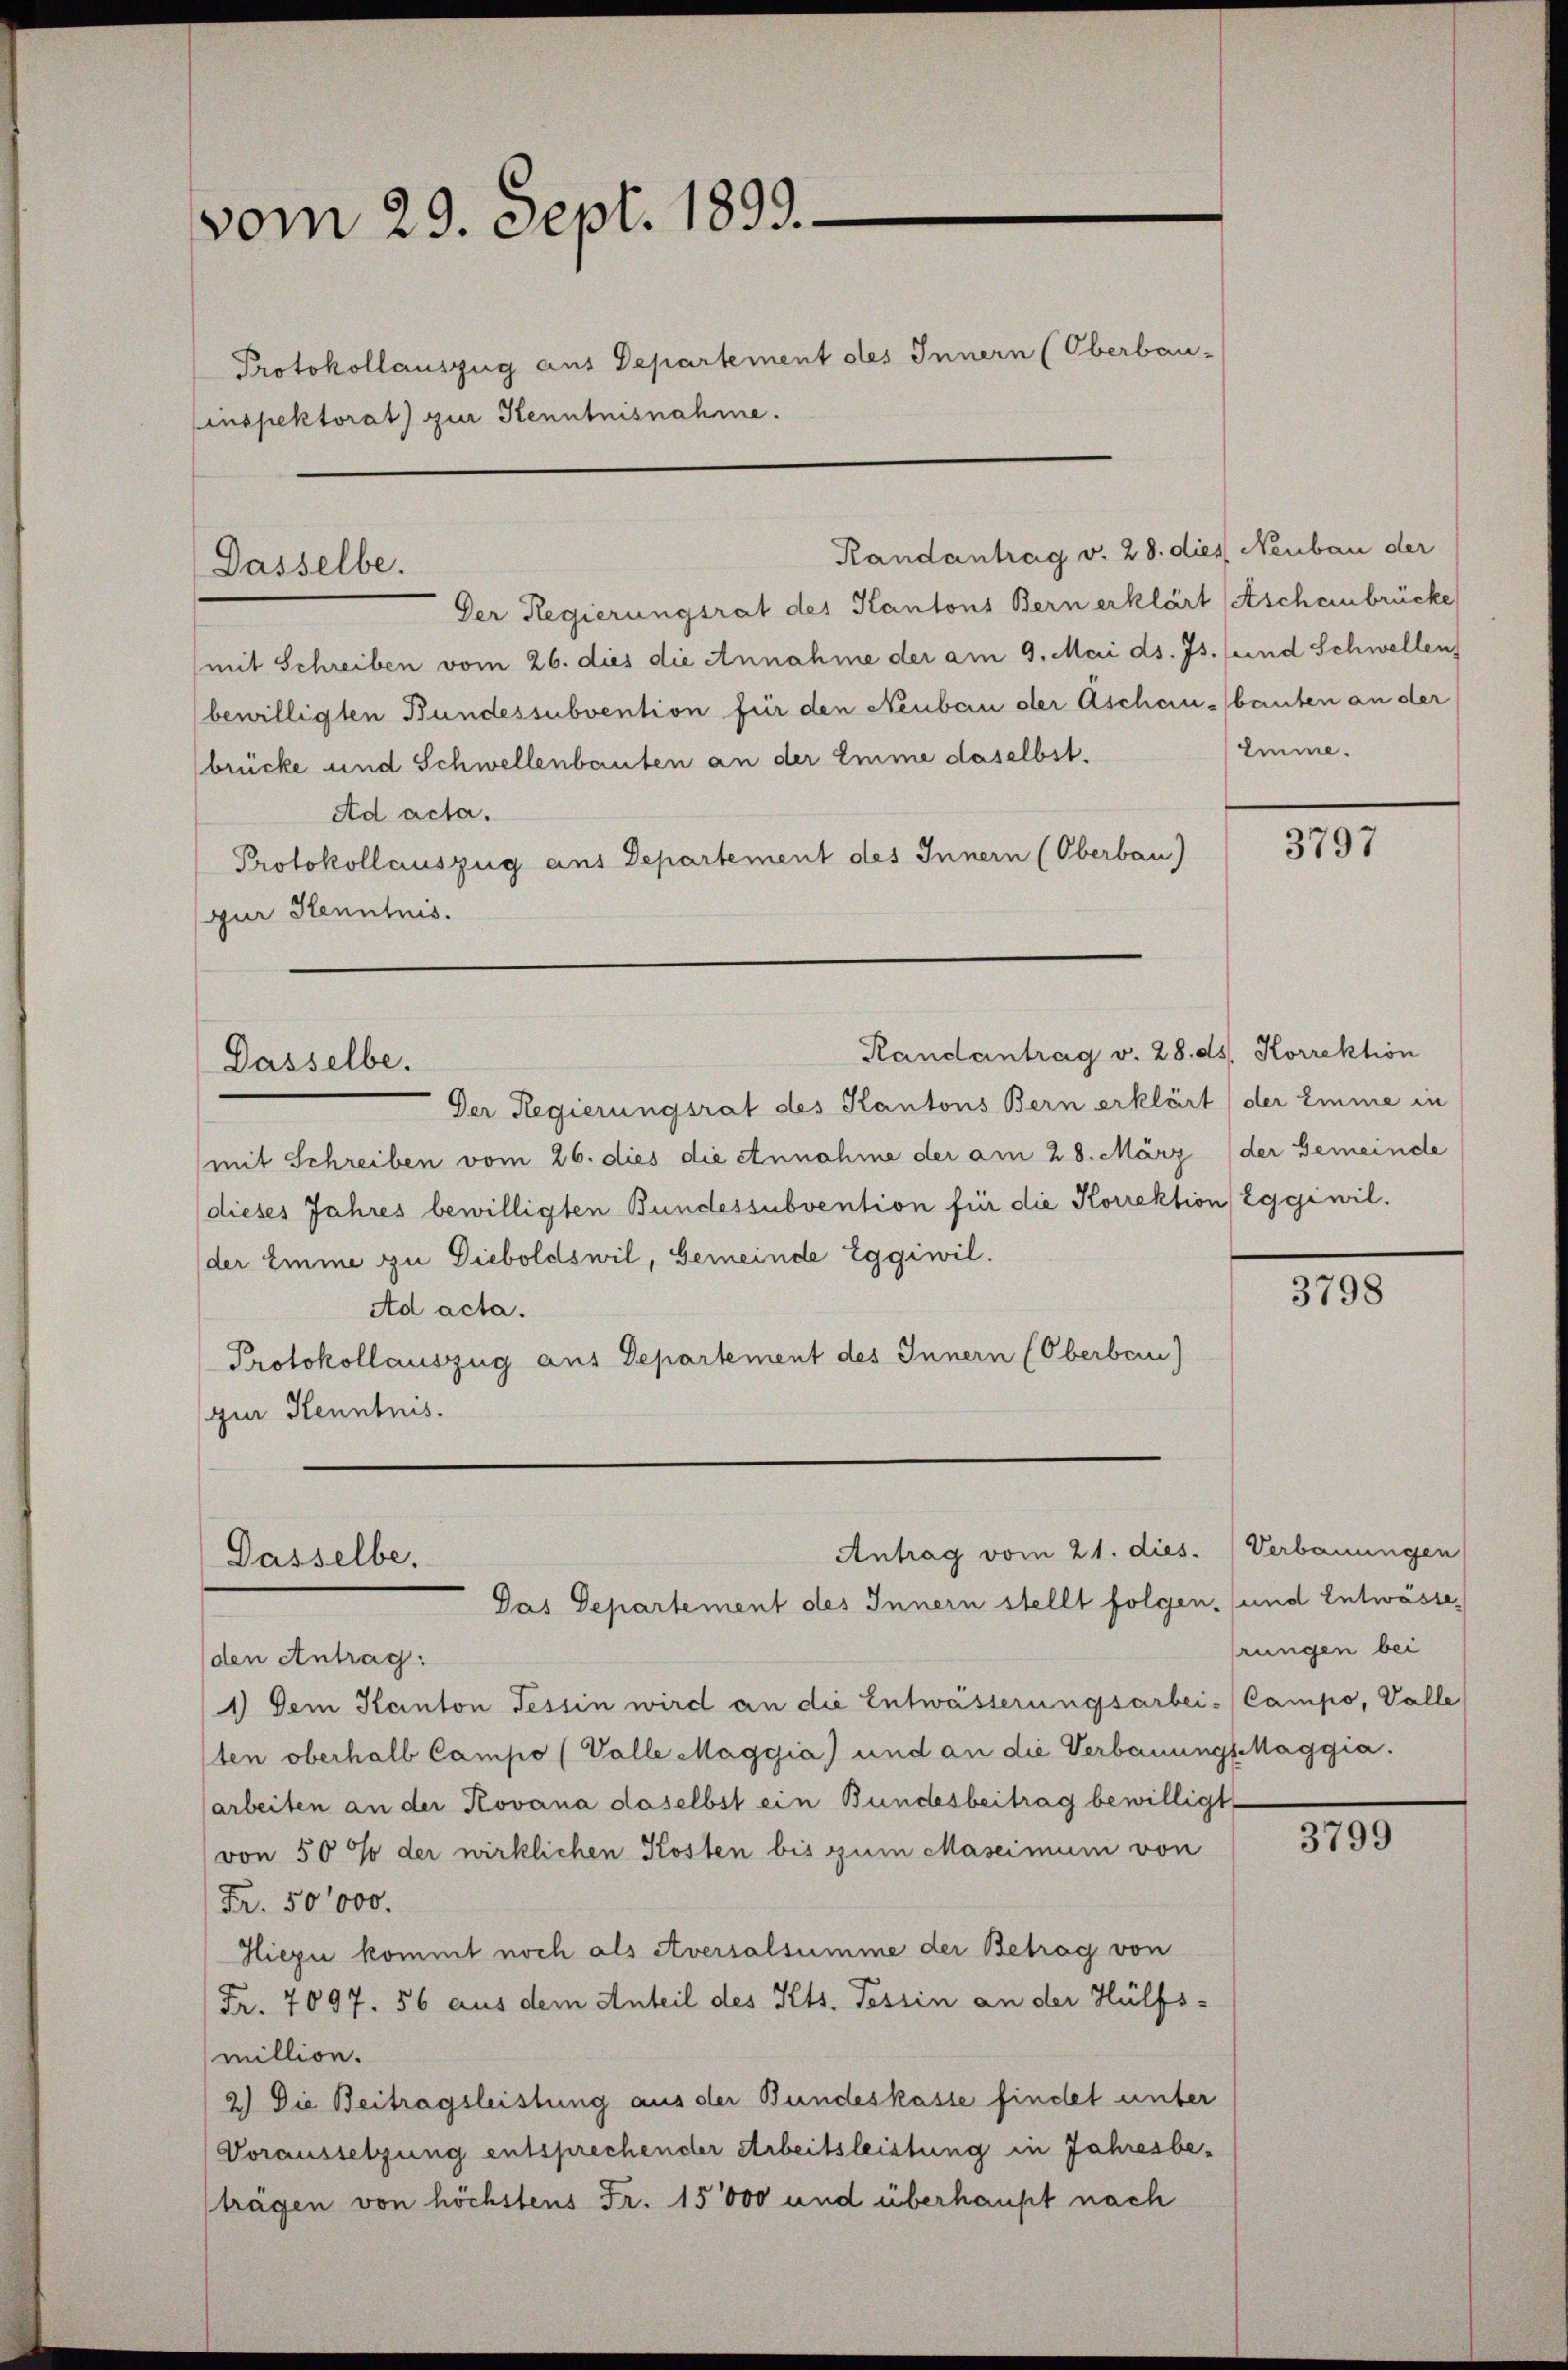
vom 29. Sept. 1893.
Protokollauszug aus Departement des Innern (Oberbau-
inspektorat) zur Kenntnisnahme.

Dasselbe.

Dasselbe.

Randantrag v. 28. dies Neubau der

Randantrag v. 28. ds. Korrektion

Antrag vom 21. dies.   Verbauungen
Dasselbe,
Pas Departement des Innern stellt folgen, (und Entwässe

Der Regierungsrat des Kantons Bern erklärt (Ascheinbrücke
mit Schreiben vom 26. dies die Annahme der am 9. Mai ds. Js. (und Schwellen
bewilligten Bundessubvention für den Neubau der Aschausbauten an der
brücke und Schwellenbauten an der Emme daselbst.
Ad acta.
Protokollauszug aus Departement des Innern (Oberbau)
gur Kenntnis.

Emme.

Der Regierungsrat des Kantons Bern erklärt der imme in
(mit Schreiben vom 26. dies die Annahme der am 28. März (der Gemeinde
(dieses Jahres bewilligten Bundessubvention für die Korrektion Egginil.
der imme zu Dieboldswil, Gemeinde Eggiwil.
Ad acta.
Protokollauszug aus Departement des Innern (Oberbern)
gur Kenntnis.

(den Antrag:
1) Dem Kanton Tessin wird an die Entwässerungsarbei- Campo, Valle
ten oberhalb Campo (Valle Maggia) und an die Verbauungs Maggia.
arbeiten an der Kovana daselbst ein Bundesbeitrag bewilligt
von 50 % der wirklichen Kosten bis zum Maseimum von
Fr. 50000.
Hiezu kommt noch als Aversalsumme der Betrag von
Fr. 7097. 56 aus dem Anteil des Kts. Tessin an der Hülfs-
million.
2.) Die Beitragsleistung aus der Bundeskasse findet unter
Voraussetzung entsprechender Arbeitsleistung in Jahresbeträgen von höchstens Fr. 15000 und überhaupt nach

3797

3798

prungen bei

3799